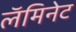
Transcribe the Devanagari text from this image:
लॅमिनेट